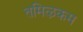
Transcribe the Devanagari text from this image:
तमिऴकम